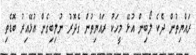
ރައްޔިތުން ދެކެ ލޯބިން އުޅޭ މީހަކު ރައްޔިތުން ގެދޮރު ނުލިބިގެން އުޅޭއިރު ބޮޑެތި